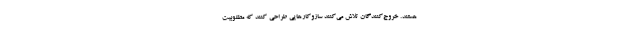
هستند. خروج‌کنندگان تلاش می‌کنند ‌‌سازوکارهایی طراحی کنند که مطلوبیت